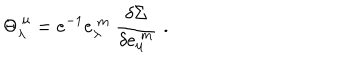
LaTeX: { \Theta } _ { \lambda } ^ { ~ \mu } = e ^ { - 1 } e _ { \lambda } ^ { ~ m } ~ \frac { \delta \Sigma } { \delta e _ { \mu } ^ { ~ m } } \, \, .